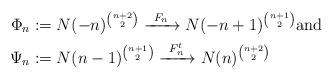
LaTeX: \begin{align*}\Phi_n & := N(-n)^{{n+2 \choose 2}} \xrightarrow{\;\; F_n \;\;} N(-n+1)^{{n+1 \choose 2}} \mbox{and} \\ \Psi_n & := N(n-1)^{{n+1 \choose 2}} \xrightarrow{\;\; F^t_n \;\;} N(n)^{{n+2 \choose 2}} \end{align*}